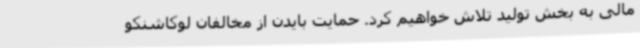
مالی به بخش تولید تلاش خواهیم کرد. حمایت بایدن از مخالفان لوکاشنکو